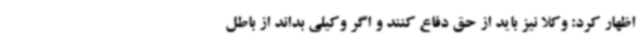
اظهار کرد: وکلا نیز باید از حق دفاع کنند و اگر وکیلی بداند از باطل